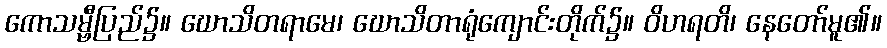
ကောသမ္ဗီပြည်၌။ ဃောသိတရာမေ၊ ဃောသိတာရုံကျောင်းတိုက်၌။ ဝိဟရတိ၊ နေတော်မူ၏။